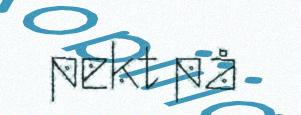
pekt på